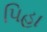
પિહા